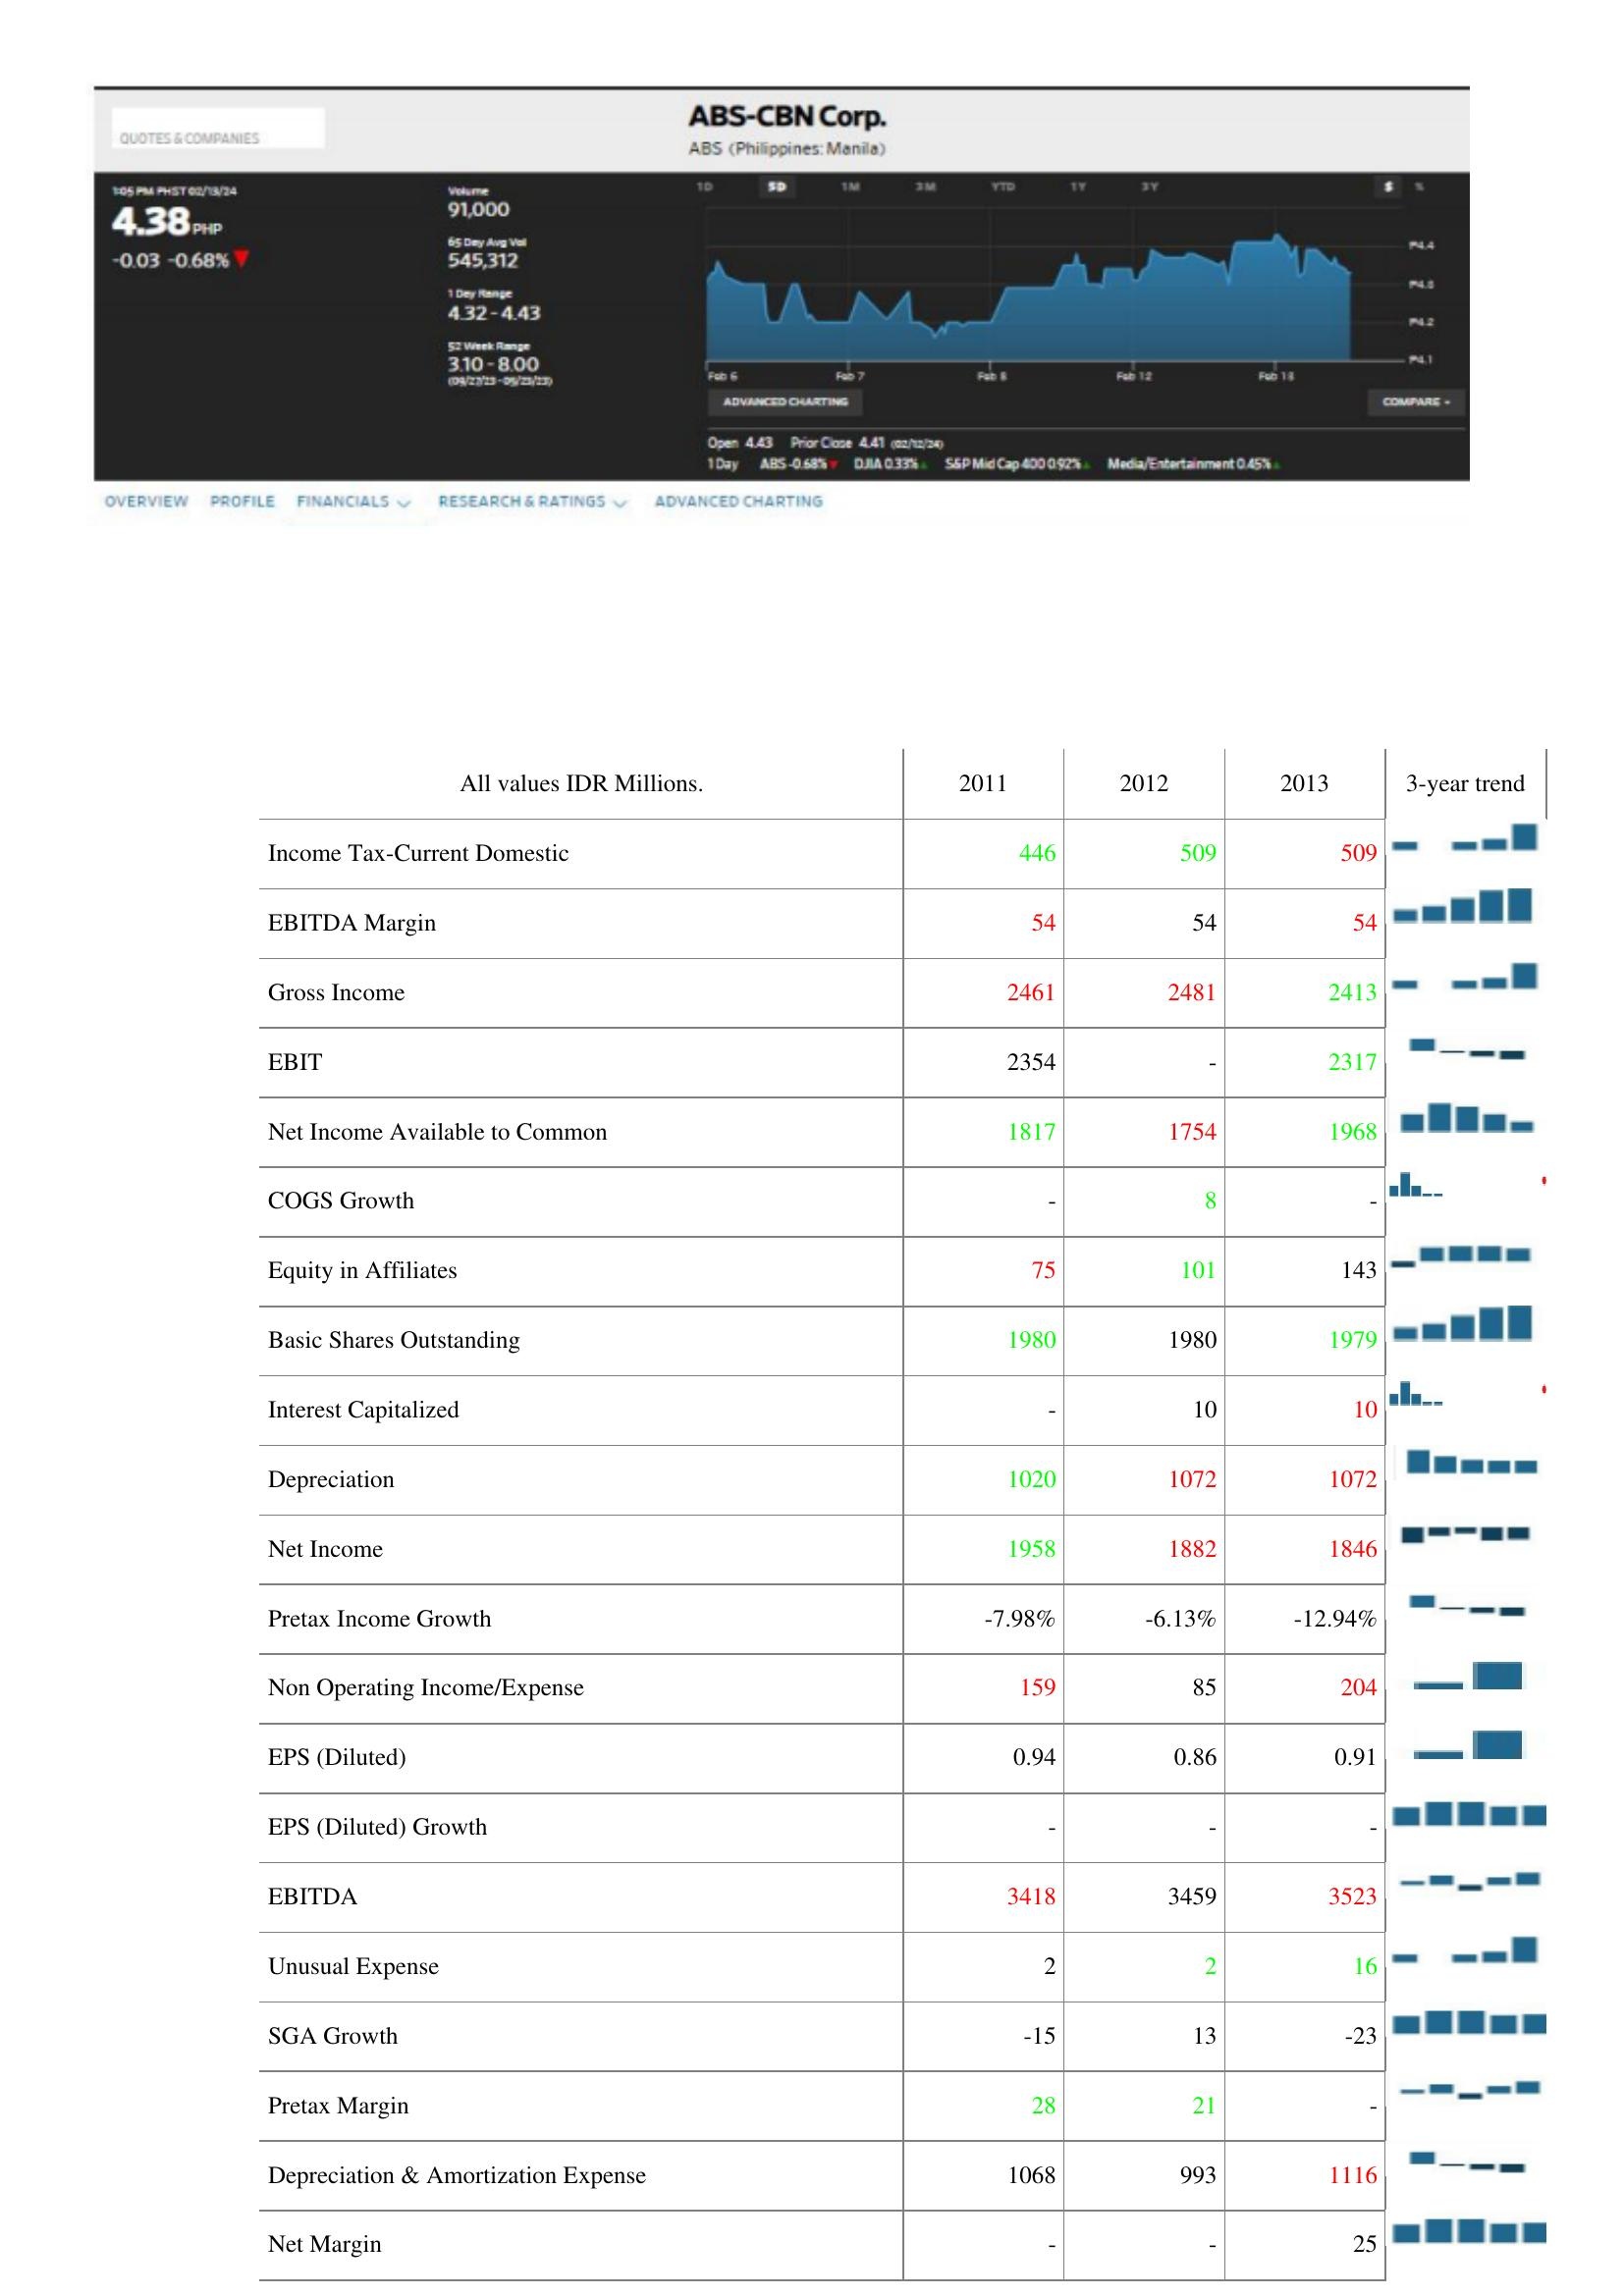
2011: : Income Tax-Current Domestic: 446
EBITDA Margin: 54
Gross Income: 2461
EBIT: 2354
Net Income Available to Common: 1817
COGS Growth: -
Equity in Affiliates: 75
Basic Shares Outstanding: 1980
Interest Capitalized: -
Depreciation: 1020
Net Income: 1958
Pretax Income Growth: -7.98%
Non Operating Income/Expense: 159
EPS (Diluted): 0.94
EPS (Diluted) Growth: -
EBITDA: 3418
Unusual Expense: 2
SGA Growth: -15
Pretax Margin: 28
Depreciation & Amortization Expense: 1068
Net Margin: -
2012: : Income Tax-Current Domestic: 509
EBITDA Margin: 54
Gross Income: 2481
EBIT: -
Net Income Available to Common: 1754
COGS Growth: 8
Equity in Affiliates: 101
Basic Shares Outstanding: 1980
Interest Capitalized: 10
Depreciation: 1072
Net Income: 1882
Pretax Income Growth: -6.13%
Non Operating Income/Expense: 85
EPS (Diluted): 0.86
EPS (Diluted) Growth: -
EBITDA: 3459
Unusual Expense: 2
SGA Growth: 13
Pretax Margin: 21
Depreciation & Amortization Expense: 993
Net Margin: -
2013: : Income Tax-Current Domestic: 509
EBITDA Margin: 54
Gross Income: 2413
EBIT: 2317
Net Income Available to Common: 1968
COGS Growth: -
Equity in Affiliates: 143
Basic Shares Outstanding: 1979
Interest Capitalized: 10
Depreciation: 1072
Net Income: 1846
Pretax Income Growth: -12.94%
Non Operating Income/Expense: 204
EPS (Diluted): 0.91
EPS (Diluted) Growth: -
EBITDA: 3523
Unusual Expense: 16
SGA Growth: -23
Pretax Margin: -
Depreciation & Amortization Expense: 1116
Net Margin: 25